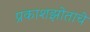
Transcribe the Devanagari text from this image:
प्रकाशझोताचे